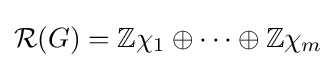
{\mathcal {R}}(G)=\mathbb {Z} \chi _{1}\oplus \cdots \oplus \mathbb {Z} \chi _{m}